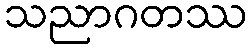
သညာဂတဿ